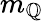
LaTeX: m_{\mathbb{Q}}